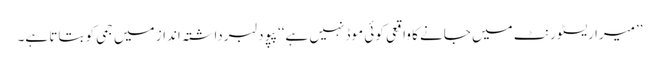
’’میرا ریسٹورنٹ میں جانے کا واقعی کوئی موڈ نہیں ہے‘‘ پپو دلبرداشتہ انداز میں جمی کو بتاتا ہے۔